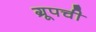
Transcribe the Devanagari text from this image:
ग्रूपची